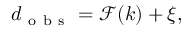
\boldsymbol { d } _ { \mathrm { ~ o ~ b ~ s ~ } } = \mathcal { F } ( \boldsymbol { k } ) + \boldsymbol { \xi } ,